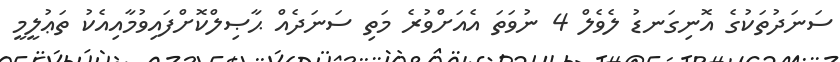
ސަނަދުތަކުގެ އޮނިގަނޑު ލެވެލް 4 ނުވަތަ އެއަށްވުރެ މަތި ސަނަދެއް ޙާޞިލްކޮށްފައިވުމާއިއެކު ތަޢުލީމީ